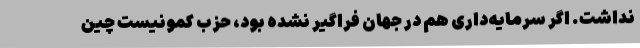
نداشت. اگر سرمایه‌داری هم در جهان فراگیر نشده بود، حزب کمونیست چین